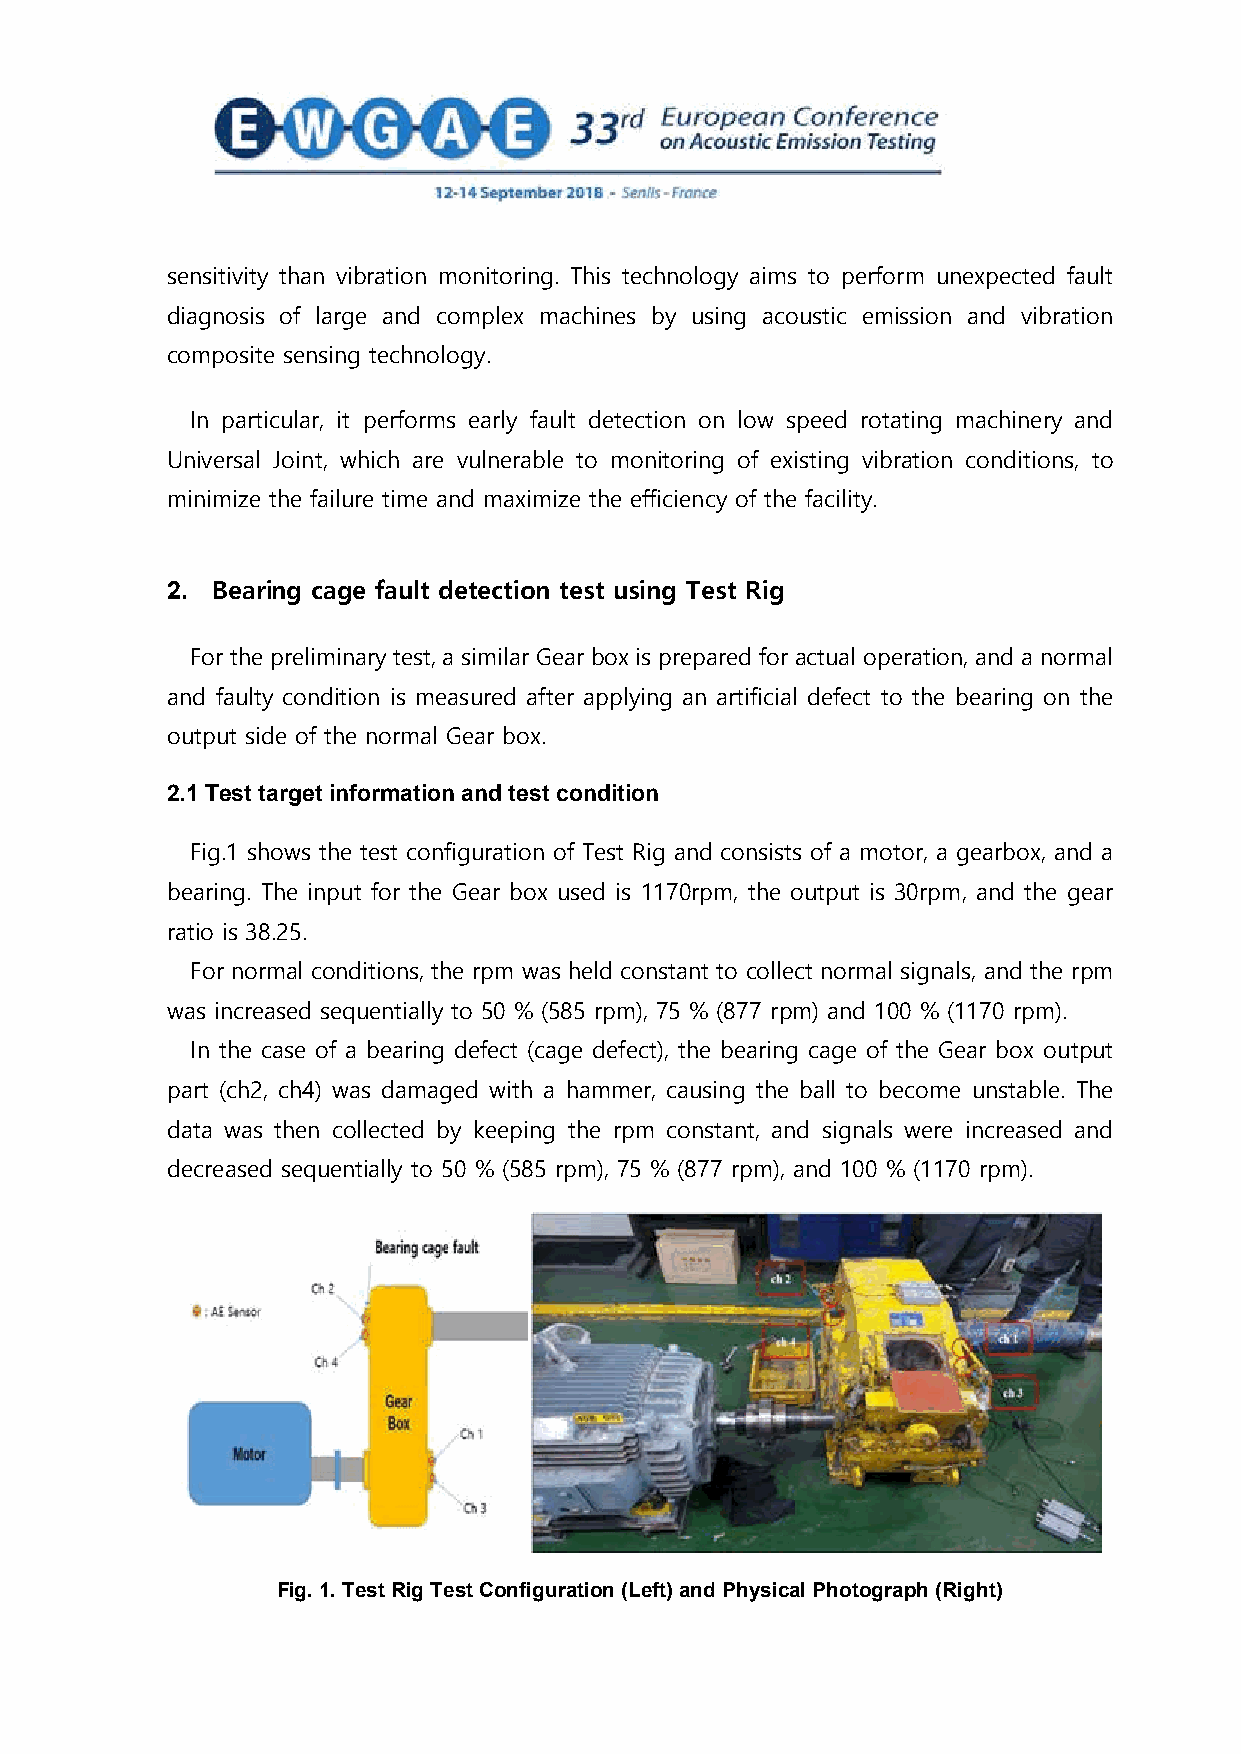
sensitivity than vibration monitoring. This technology aims to perform unexpected fault
 diagnosis of large and complex machines by using acoustic emission and vibration
 composite sensing technology.
 In particular, it performs early fault detection on low speed rotating machinery and
 Universal Joint, which are vulnerable to monitoring of existing vibration conditions, to
 minimize the failure time and maximize the efficiency of the facility.
 2. Bearing cage fault detection test using Test Rig
 For the preliminary test, a similar Gear box is prepared for actual operation, and a normal
 and faulty condition is measured after applying an artificial defect to the bearing on the
 output side of the normal Gear box.
 2.1 Test target information and test condition
 Fig.1 shows the test configuration of Test Rig and consists of a motor, a gearbox, and a
 bearing. The input for the Gear box used is 1170rpm, the output is 30rpm, and the gear
 ratio is 38.25.
 For normal conditions, the rpm was held constant to collect normal signals, and the rpm
 was increased sequentially to 50 % (585 rpm), 75 % (877 rpm) and 100 % (1170 rpm).
 In the case of a bearing defect (cage defect), the bearing cage of the Gear box output
 part (ch2, ch4) was damaged with a hammer, causing the ball to become unstable. The
 data was then collected by keeping the rpm constant, and signals were increased and
 decreased sequentially to 50 % (585 rpm), 75 % (877 rpm), and 100 % (1170 rpm).
 Fig. 1. Test Rig Test Configuration (Left) and Physical Photograph (Right)
 2